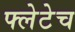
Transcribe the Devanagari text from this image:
फ्लेटेच